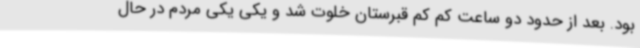
بود. بعد از حدود دو ساعت کم کم قبرستان خلوت شد و یکی یکی مردم در حال